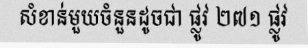
សំខាន់មួយចំនួនដូចជា ផ្លូវ ២៧១ ផ្លូវ